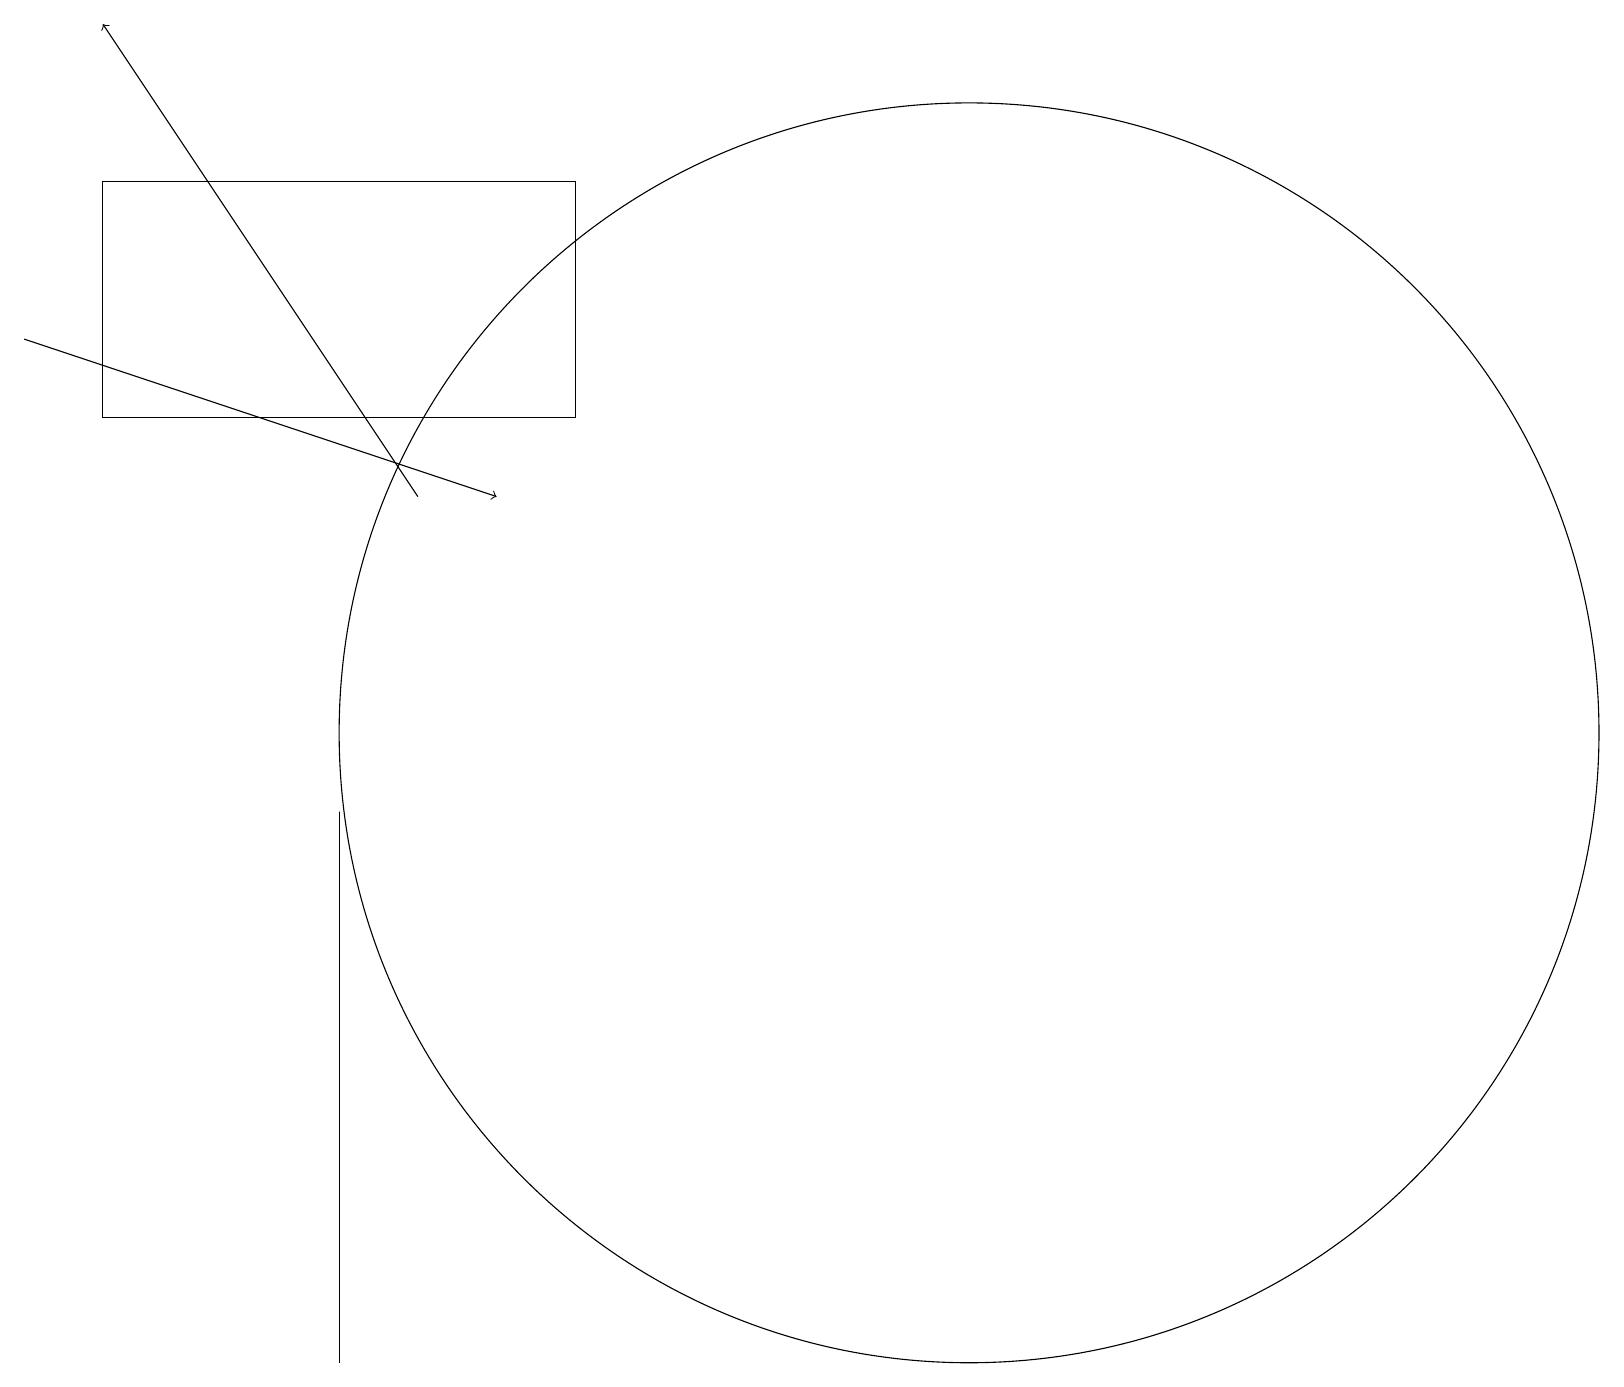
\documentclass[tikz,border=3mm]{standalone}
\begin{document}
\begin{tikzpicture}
\draw[->] (0,15) -- (6,13);
\draw (12,10) circle (8);
\draw[->] (5,13) -- (1,19);
\draw (4,8) -- (4,2) -- (4,9) -- cycle;
\draw (7,17) rectangle (1,14);
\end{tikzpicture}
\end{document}